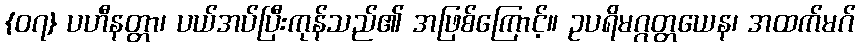
{၀၇} ပဟီနတ္တာ၊ ပယ်အပ်ပြီးကုန်သည်၏ အဖြစ်ကြောင့်။ ဥပရိမဂ္ဂတ္တယေန၊ အထက်မဂ်